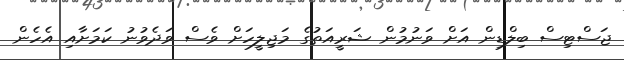
ޖަސްޓިސް ބިލްޑިން އަށް ވަނުމުން ޝަރީއަތުގެ މަޖިލީހަށް ވެސް ވަދެވުނު ކަމަށާއި އެހެން